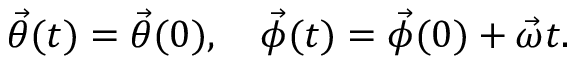
\vec { \theta } ( t ) = \vec { \theta } ( 0 ) , \quad \vec { \phi } ( t ) = \vec { \phi } ( 0 ) + \vec { \omega } t .